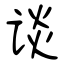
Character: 谈